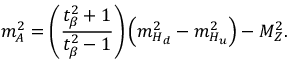
m _ { A } ^ { 2 } = \left( \frac { t _ { \beta } ^ { 2 } + 1 } { t _ { \beta } ^ { 2 } - 1 } \right) \left( m _ { H _ { d } } ^ { 2 } - m _ { H _ { u } } ^ { 2 } \right) - M _ { Z } ^ { 2 } .